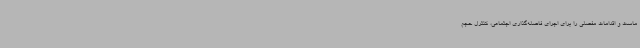
ماست و اقدامات مفصلی را برای اجرای فاصله‌گذاری اجتماعی، کنترل حجم